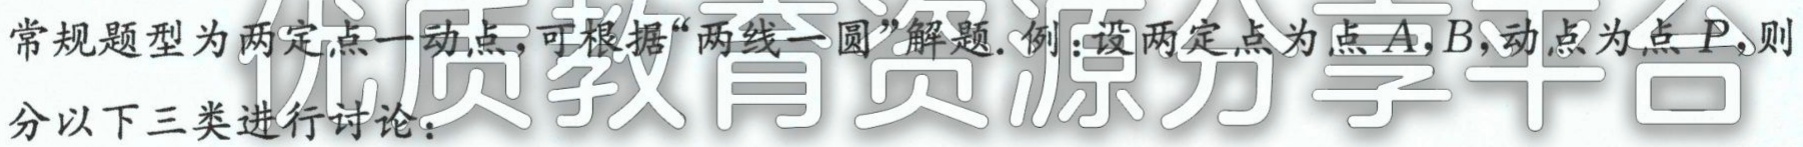
常规题型为两定点一动点,可根据“两线一圆”解题.例:设两定点为点\(A,B\),动点为点\(P\),则分以下三类进行讨论：